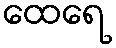
ထေရေ